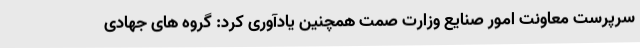
سرپرست معاونت امور صنایع وزارت صمت همچنین یادآوری کرد: گروه های جهادی